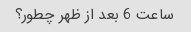
ساعت 6 بعد از ظهر چطور؟